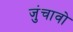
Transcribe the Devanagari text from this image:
जुंचावो